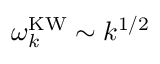
\omega _ { k } ^ { \mathrm { K W } } \sim k ^ { 1 / 2 }